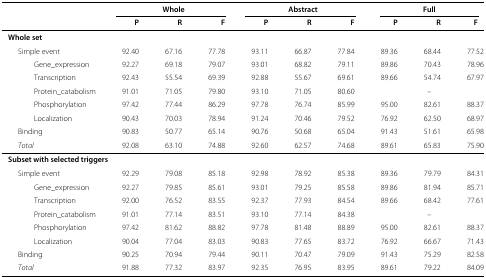
<table><thead><tr><td></td><td colspan="3"><b>Whole</b></td><td colspan="3"><b>Abstract</b></td><td colspan="3"><b>Full</b></td></tr><tr><td></td><td><b>P</b></td><td><b>R</b></td><td><b>F</b></td><td><b>P</b></td><td><b>R</b></td><td><b>F</b></td><td><b>P</b></td><td><b>R</b></td><td><b>F</b></td></tr></thead><tbody><tr><td colspan="10"><b>Whole set</b></td></tr><tr><td> Simple event</td><td>92.40</td><td>67.16</td><td>77.78</td><td>93.11</td><td>66.87</td><td>77.84</td><td>89.36</td><td>68.44</td><td>77.52</td></tr><tr><td>Gene_expression</td><td>92.27</td><td>69.18</td><td>79.07</td><td>93.01</td><td>68.82</td><td>79.11</td><td>89.86</td><td>70.43</td><td>78.96</td></tr><tr><td>Transcription</td><td>92.43</td><td>55.54</td><td>69.39</td><td>92.88</td><td>55.67</td><td>69.61</td><td>89.66</td><td>54.74</td><td>67.97</td></tr><tr><td>Protein_catabolism</td><td>91.01</td><td>71.05</td><td>79.80</td><td>93.10</td><td>71.05</td><td>80.60</td><td colspan="3">–</td></tr><tr><td>Phosphorylation</td><td>97.42</td><td>77.44</td><td>86.29</td><td>97.78</td><td>76.74</td><td>85.99</td><td>95.00</td><td>82.61</td><td>88.37</td></tr><tr><td>Localization</td><td>90.43</td><td>70.03</td><td>78.94</td><td>91.24</td><td>70.46</td><td>79.52</td><td>76.92</td><td>62.50</td><td>68.97</td></tr><tr><td> Binding</td><td>90.83</td><td>50.77</td><td>65.14</td><td>90.76</td><td>50.68</td><td>65.04</td><td>91.43</td><td>51.61</td><td>65.98</td></tr><tr><td> <i>Total</i></td><td>92.08</td><td>63.10</td><td>74.88</td><td>92.60</td><td>62.57</td><td>74.68</td><td>89.61</td><td>65.83</td><td>75.90</td></tr><tr><td colspan="10"><b>Subset with selected triggers</b></td></tr><tr><td> Simple event</td><td>92.29</td><td>79.08</td><td>85.18</td><td>92.98</td><td>78.92</td><td>85.38</td><td>89.36</td><td>79.79</td><td>84.31</td></tr><tr><td>Gene_expression</td><td>92.27</td><td>79.85</td><td>85.61</td><td>93.01</td><td>79.25</td><td>85.58</td><td>89.86</td><td>81.94</td><td>85.71</td></tr><tr><td>Transcription</td><td>92.00</td><td>76.52</td><td>83.55</td><td>92.37</td><td>77.93</td><td>84.54</td><td>89.66</td><td>68.42</td><td>77.61</td></tr><tr><td>Protein_catabolism</td><td>91.01</td><td>77.14</td><td>83.51</td><td>93.10</td><td>77.14</td><td>84.38</td><td colspan="3">–</td></tr><tr><td>Phosphorylation</td><td>97.42</td><td>81.62</td><td>88.82</td><td>97.78</td><td>81.48</td><td>88.89</td><td>95.00</td><td>82.61</td><td>88.37</td></tr><tr><td>Localization</td><td>90.04</td><td>77.04</td><td>83.03</td><td>90.83</td><td>77.65</td><td>83.72</td><td>76.92</td><td>66.67</td><td>71.43</td></tr><tr><td> Binding</td><td>90.25</td><td>70.94</td><td>79.44</td><td>90.11</td><td>70.47</td><td>79.09</td><td>91.43</td><td>75.29</td><td>82.58</td></tr><tr><td> <i>Total</i></td><td>91.88</td><td>77.32</td><td>83.97</td><td>92.35</td><td>76.95</td><td>83.95</td><td>89.61</td><td>79.22</td><td>84.09</td></tr></tbody></table>